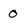
Character: 0